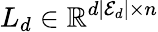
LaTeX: L_{d}\in\mathbb{R}^{d|\mathcal{E}_{d}|\times n}